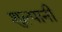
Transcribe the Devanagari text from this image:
शुल्पानी